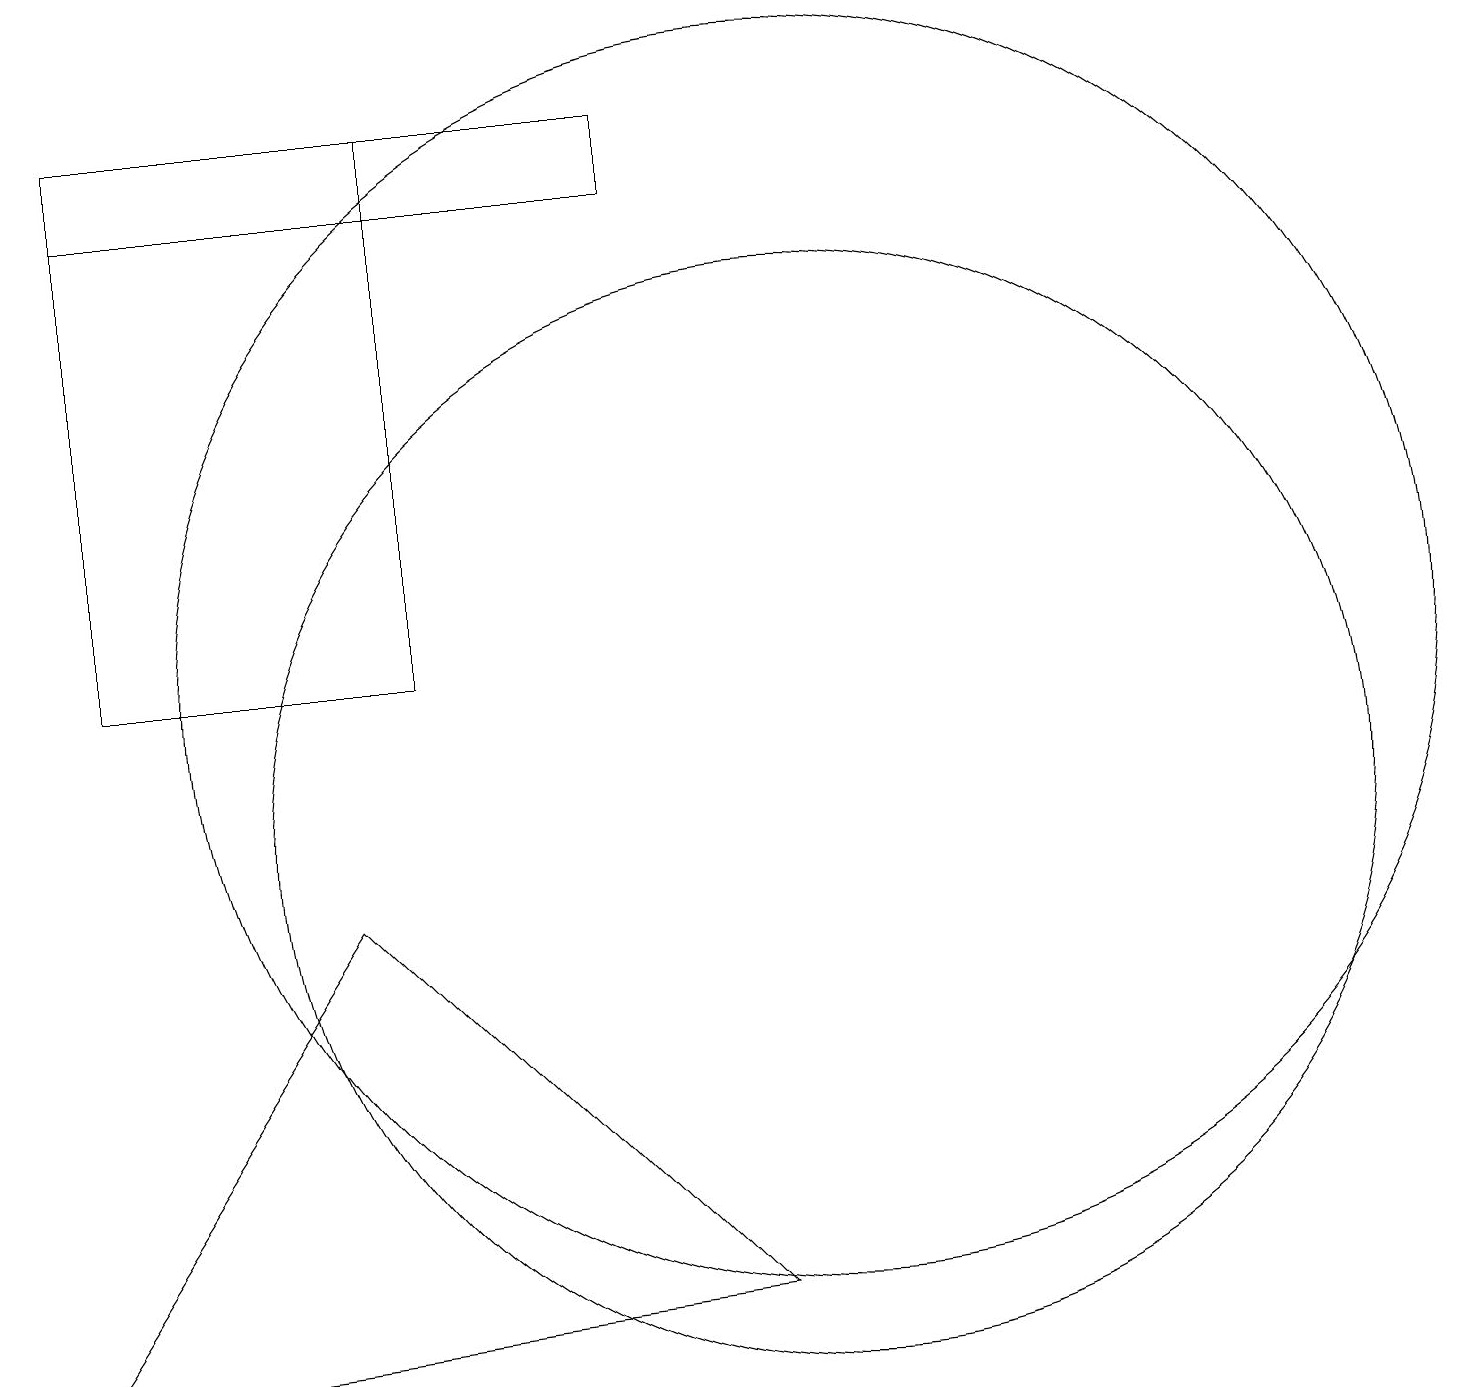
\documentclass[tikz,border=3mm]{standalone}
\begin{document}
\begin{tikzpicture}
\draw (8,18) rectangle (1,19);
\draw (3,13) rectangle (3,13);
\draw (10,10) circle (7);
\draw (5,12) rectangle (1,19);
\draw (10,12) circle (8);
\draw (0,3) -- (9,4) -- (4,9) -- cycle;
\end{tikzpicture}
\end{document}